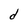
Character: d